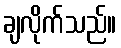
ချလိုက်သည်။